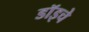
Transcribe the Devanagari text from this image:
डॉइचे